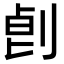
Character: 𠜷